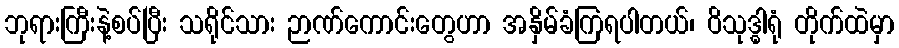
ဘုရားကြီးနဲ့စပ်ပြီး သရိုင်သား ဉာဏ်ကောင်းတွေဟာ အနှိမ်ခံကြရပါတယ်၊ ဝိသုဒ္ဓါရုံ တိုက်ထဲမှာ